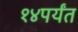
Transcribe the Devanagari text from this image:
१४पर्यंत